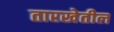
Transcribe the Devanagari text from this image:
तारखेतील